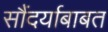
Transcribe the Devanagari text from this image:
सौंदर्याबाबत